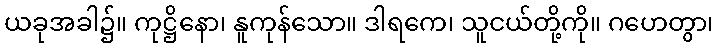
ယခုအခါ၌။ ကုဋ္ဌိနော၊ နူကုန်သော။ ဒါရကေ၊ သူငယ်တို့ကို။ ဂဟေတွာ၊